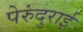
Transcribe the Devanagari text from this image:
पेरुंदुराई